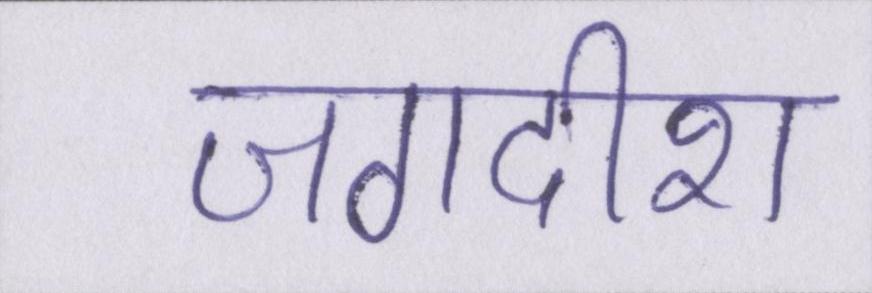
जगदीश